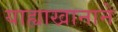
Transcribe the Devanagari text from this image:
याह्याखानाने